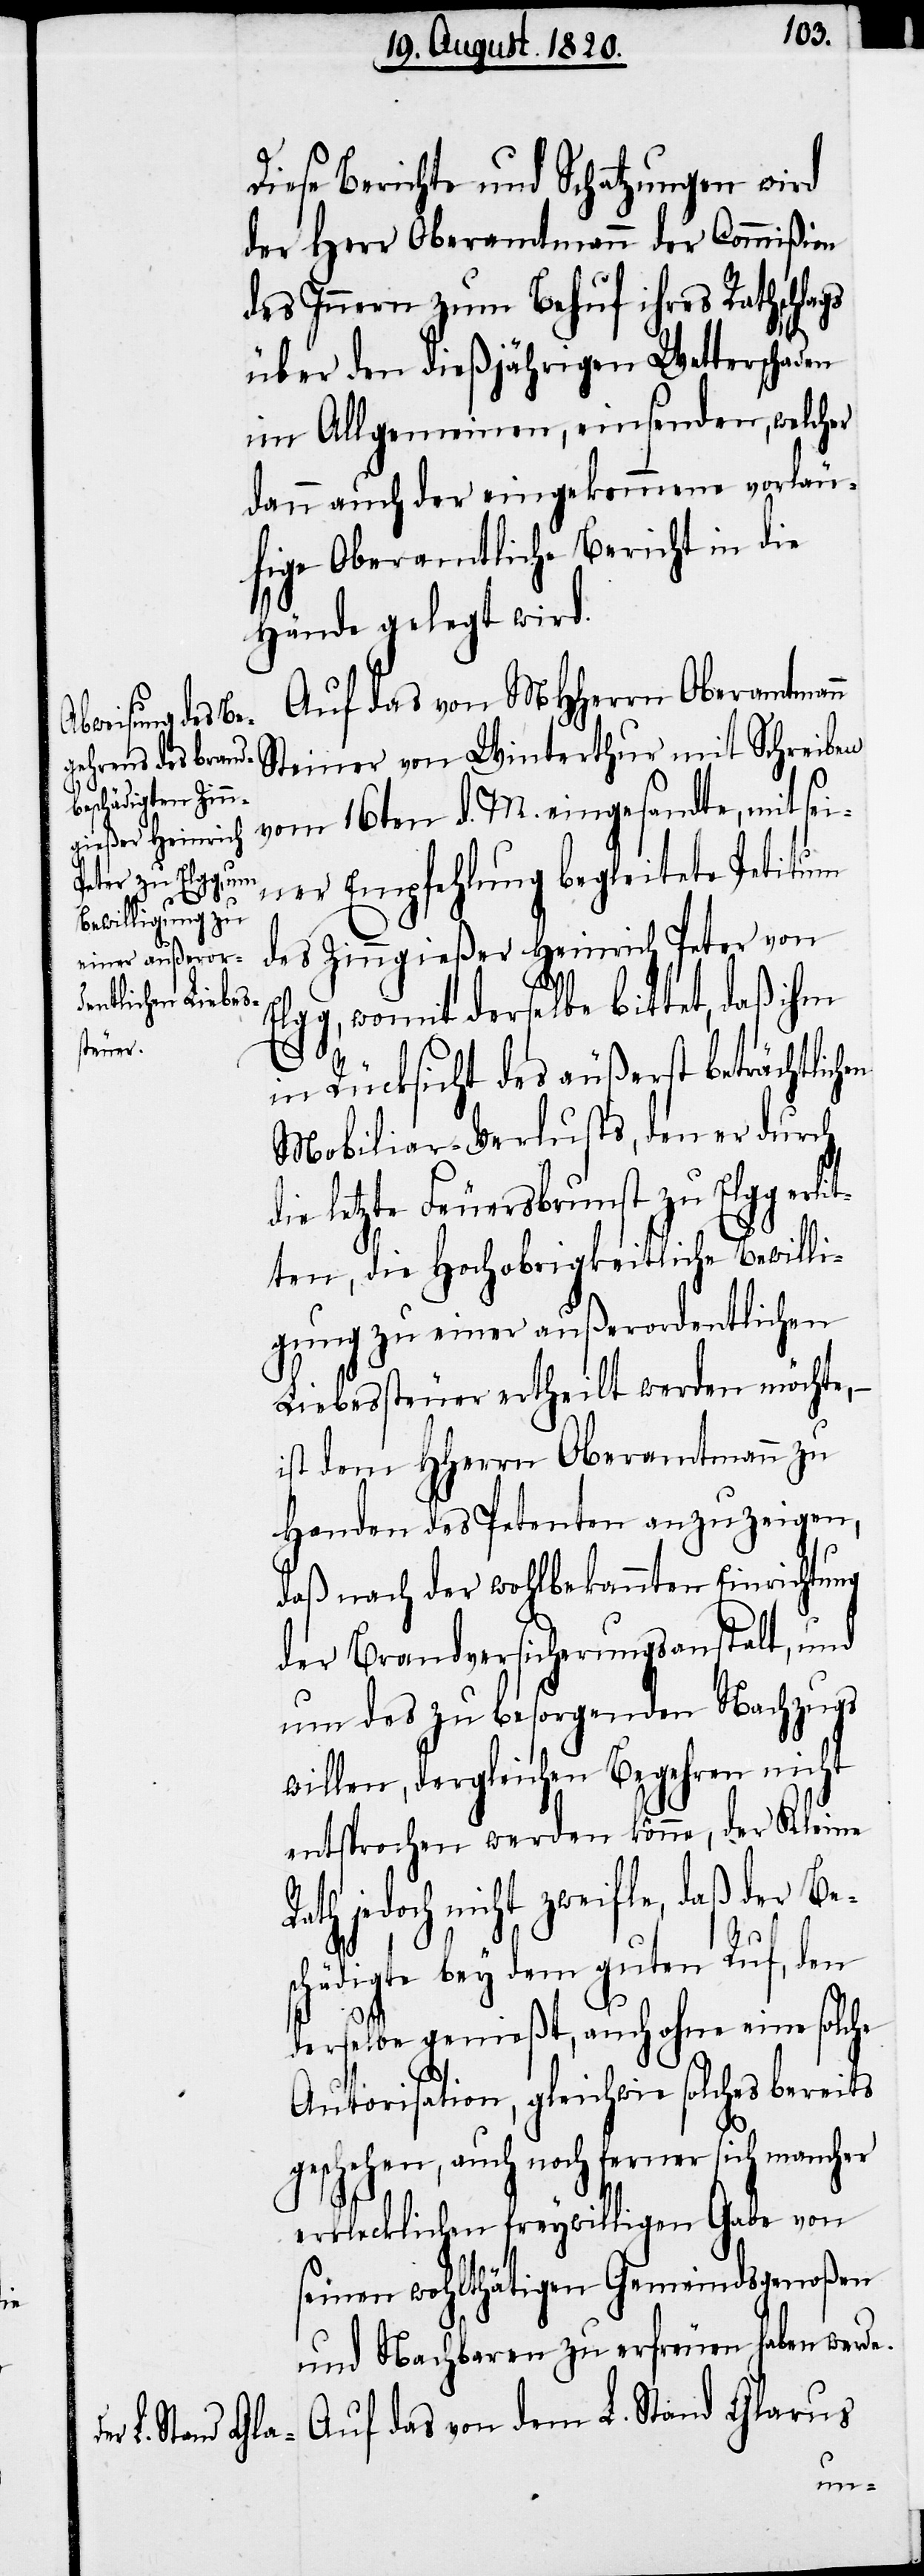
Diese Berichte und Schatzungen wird
der Herr Oberamtmann der Commißion
des Innern zum Behuf ihres Rathschlags
über den dießjährigen Wetterschaden
im Allgemeinen, einsenden, welcher
dann auch der eingekommene vorläu¬
fige Oberamtliche Bericht in die
Hände gelegt wird.
Auf das von MHHerren Oberamtmann
Steiner von Winterthur mit Schreiben
vom 16ten d. M. eingesandte, mit sei¬
ner Empfehlung begleitete Petitum
des Zinngießer Heinrich Peter von
Elgg, womit derselbe bittet, daß ihm
in Rücksicht des äußerst beträchtlich¬
Mobiliar-Verlusts, den er durch
ie letzte Feuersbrunst zu Elgg erl¬
ten, die Hochobrigkeitliche Bewilli¬
gung zu einer außerordentlichen
Liebessteuer ertheilt werden möchte,
ist dem HHerrn Oberamtmann zu
Handen des Petenten anzuzeigen,
daß nach der wohlbekannten Einrichtung
der Brandversicherungsanstalt, und
um des zu besorgenden Nachzugs
willen, dergleichen Begehren nicht
entsprochen werden könne, der Kleine
ath jedoch nicht zweifle, daß der Besc¬
hädigte bey dem guten Ruf, den
derselbe genießt, auch ohne eine solche
Autorisation, gleichwie solches bereits
geschehn, auch noch ferner sich mancher
erklecklichen freywilligen Gabe von
seinen wohlthätigen Gemeindsgenoßen
und Nachbaren zu erfreuen haben werde.
Auf das von dem L. Stand Glarus
R¬